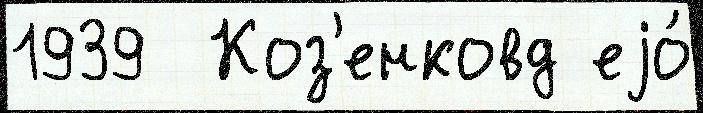
1939  Коз'енковд еjо́